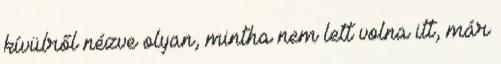
kívülről nézve olyan, mintha nem lett volna itt, már